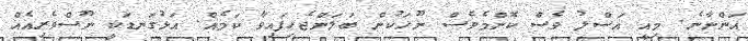
އަންނާނެ. މިއީ އަސްލު ވެސް ކޮންމެވެސް ނޫހަކުން ބަލަންޖެހިފައިވާ ކަމެއް. އަޅުގަނޑަކީ ނޫސްވެރިއެއް